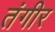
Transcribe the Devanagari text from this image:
तंगीर